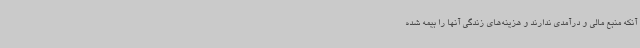
آنکه منبع مالی و درآمدی ندارند و هزینه‌های زندگی آنها را بیمه شده